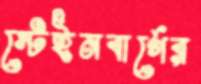
স্টেইনবার্গের